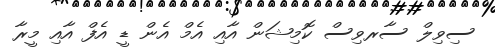
ސިވިލް ސާރވިސް ކޮމިޝަން އާއި އެމް އެން ޑީ އެފް އާއި މީރާ